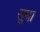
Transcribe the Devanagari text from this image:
सूम्रा